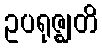
ဥပရုဇ္ဈတိ